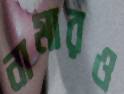
নামারও